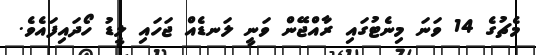
މެޗުގެ 14 ވަނަ މިނެޓުގައި ރާއްޖޭން ވަނީ ލަނޑެއް ޖަހައި ލީޑު ހޯދައިފައެވެ.